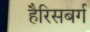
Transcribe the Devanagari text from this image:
हैरिसबर्ग